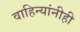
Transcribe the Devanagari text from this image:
वाहिन्यांनीही